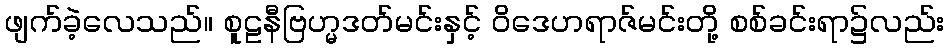
ဖျက်ခဲ့လေသည်။ စူဠနီဗြဟ္မဒတ်မင်းနှင့် ဝိဒေဟရာဇ်မင်းတို့ စစ်ခင်းရာ၌လည်း